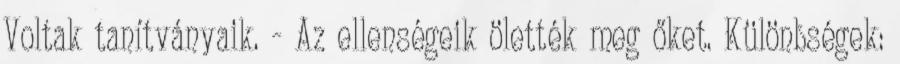
Voltak tanítványaik. - Az ellenségeik ölették meg őket. Különbségek: